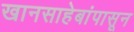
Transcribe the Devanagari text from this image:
खानसाहेबांपासून